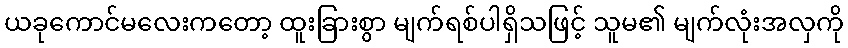
ယခုကောင်မလေးကတော့ ထူးခြားစွာ မျက်ရစ်ပါရှိသဖြင့် သူမ၏ မျက်လုံးအလှကို